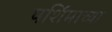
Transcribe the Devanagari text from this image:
पर्शिमाच्या